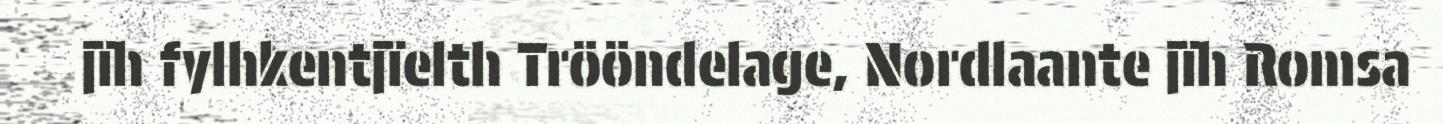
jïh fylhkentjïelth Trööndelage, Nordlaante jïh Romsa